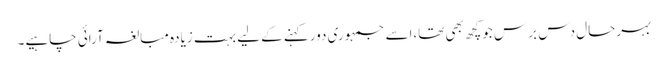
بہرحال دس برس جوکچھ بھی تھا،اسے جمہوری دورکہنے کے لیے بہت زیادہ مبالغہ آرائی چاہیے۔